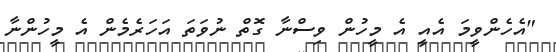
"އެހެންވީމަ އެއީ އެ މީހުން ވިސްނާ ގޮތް ނުވަތަ އަހަރެމެން އެ މީހުންނާ